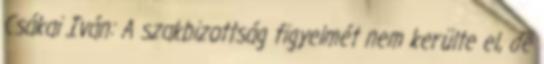
Csákai Iván: A szakbizottság figyelmét nem kerülte el, de